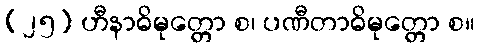
(၂၅) ဟီနာဓိမုတ္တော စ၊ ပဏီတာဓိမုတ္တော စ။